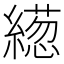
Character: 𦅢